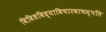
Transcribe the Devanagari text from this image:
विविधविद्याविचारवाचस्पति